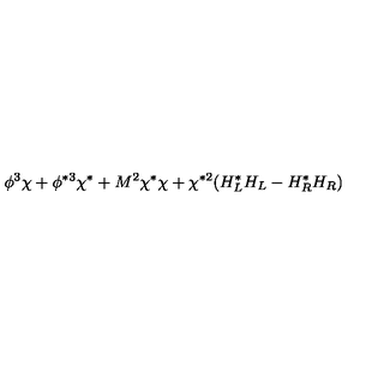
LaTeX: \phi ^ { 3 } \chi + \phi ^ { * 3 } \chi ^ { * } + M ^ { 2 } \chi ^ { * } \chi + \chi ^ { * 2 } ( H _ { L } ^ { * } H _ { L } - H _ { R } ^ { * } H _ { R } )